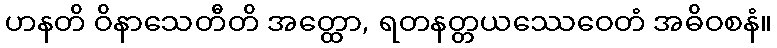
ဟနတိ ဝိနာသေတီတိ အတ္ထော, ရတနတ္တယဿေဝေတံ အဓိဝစနံ။